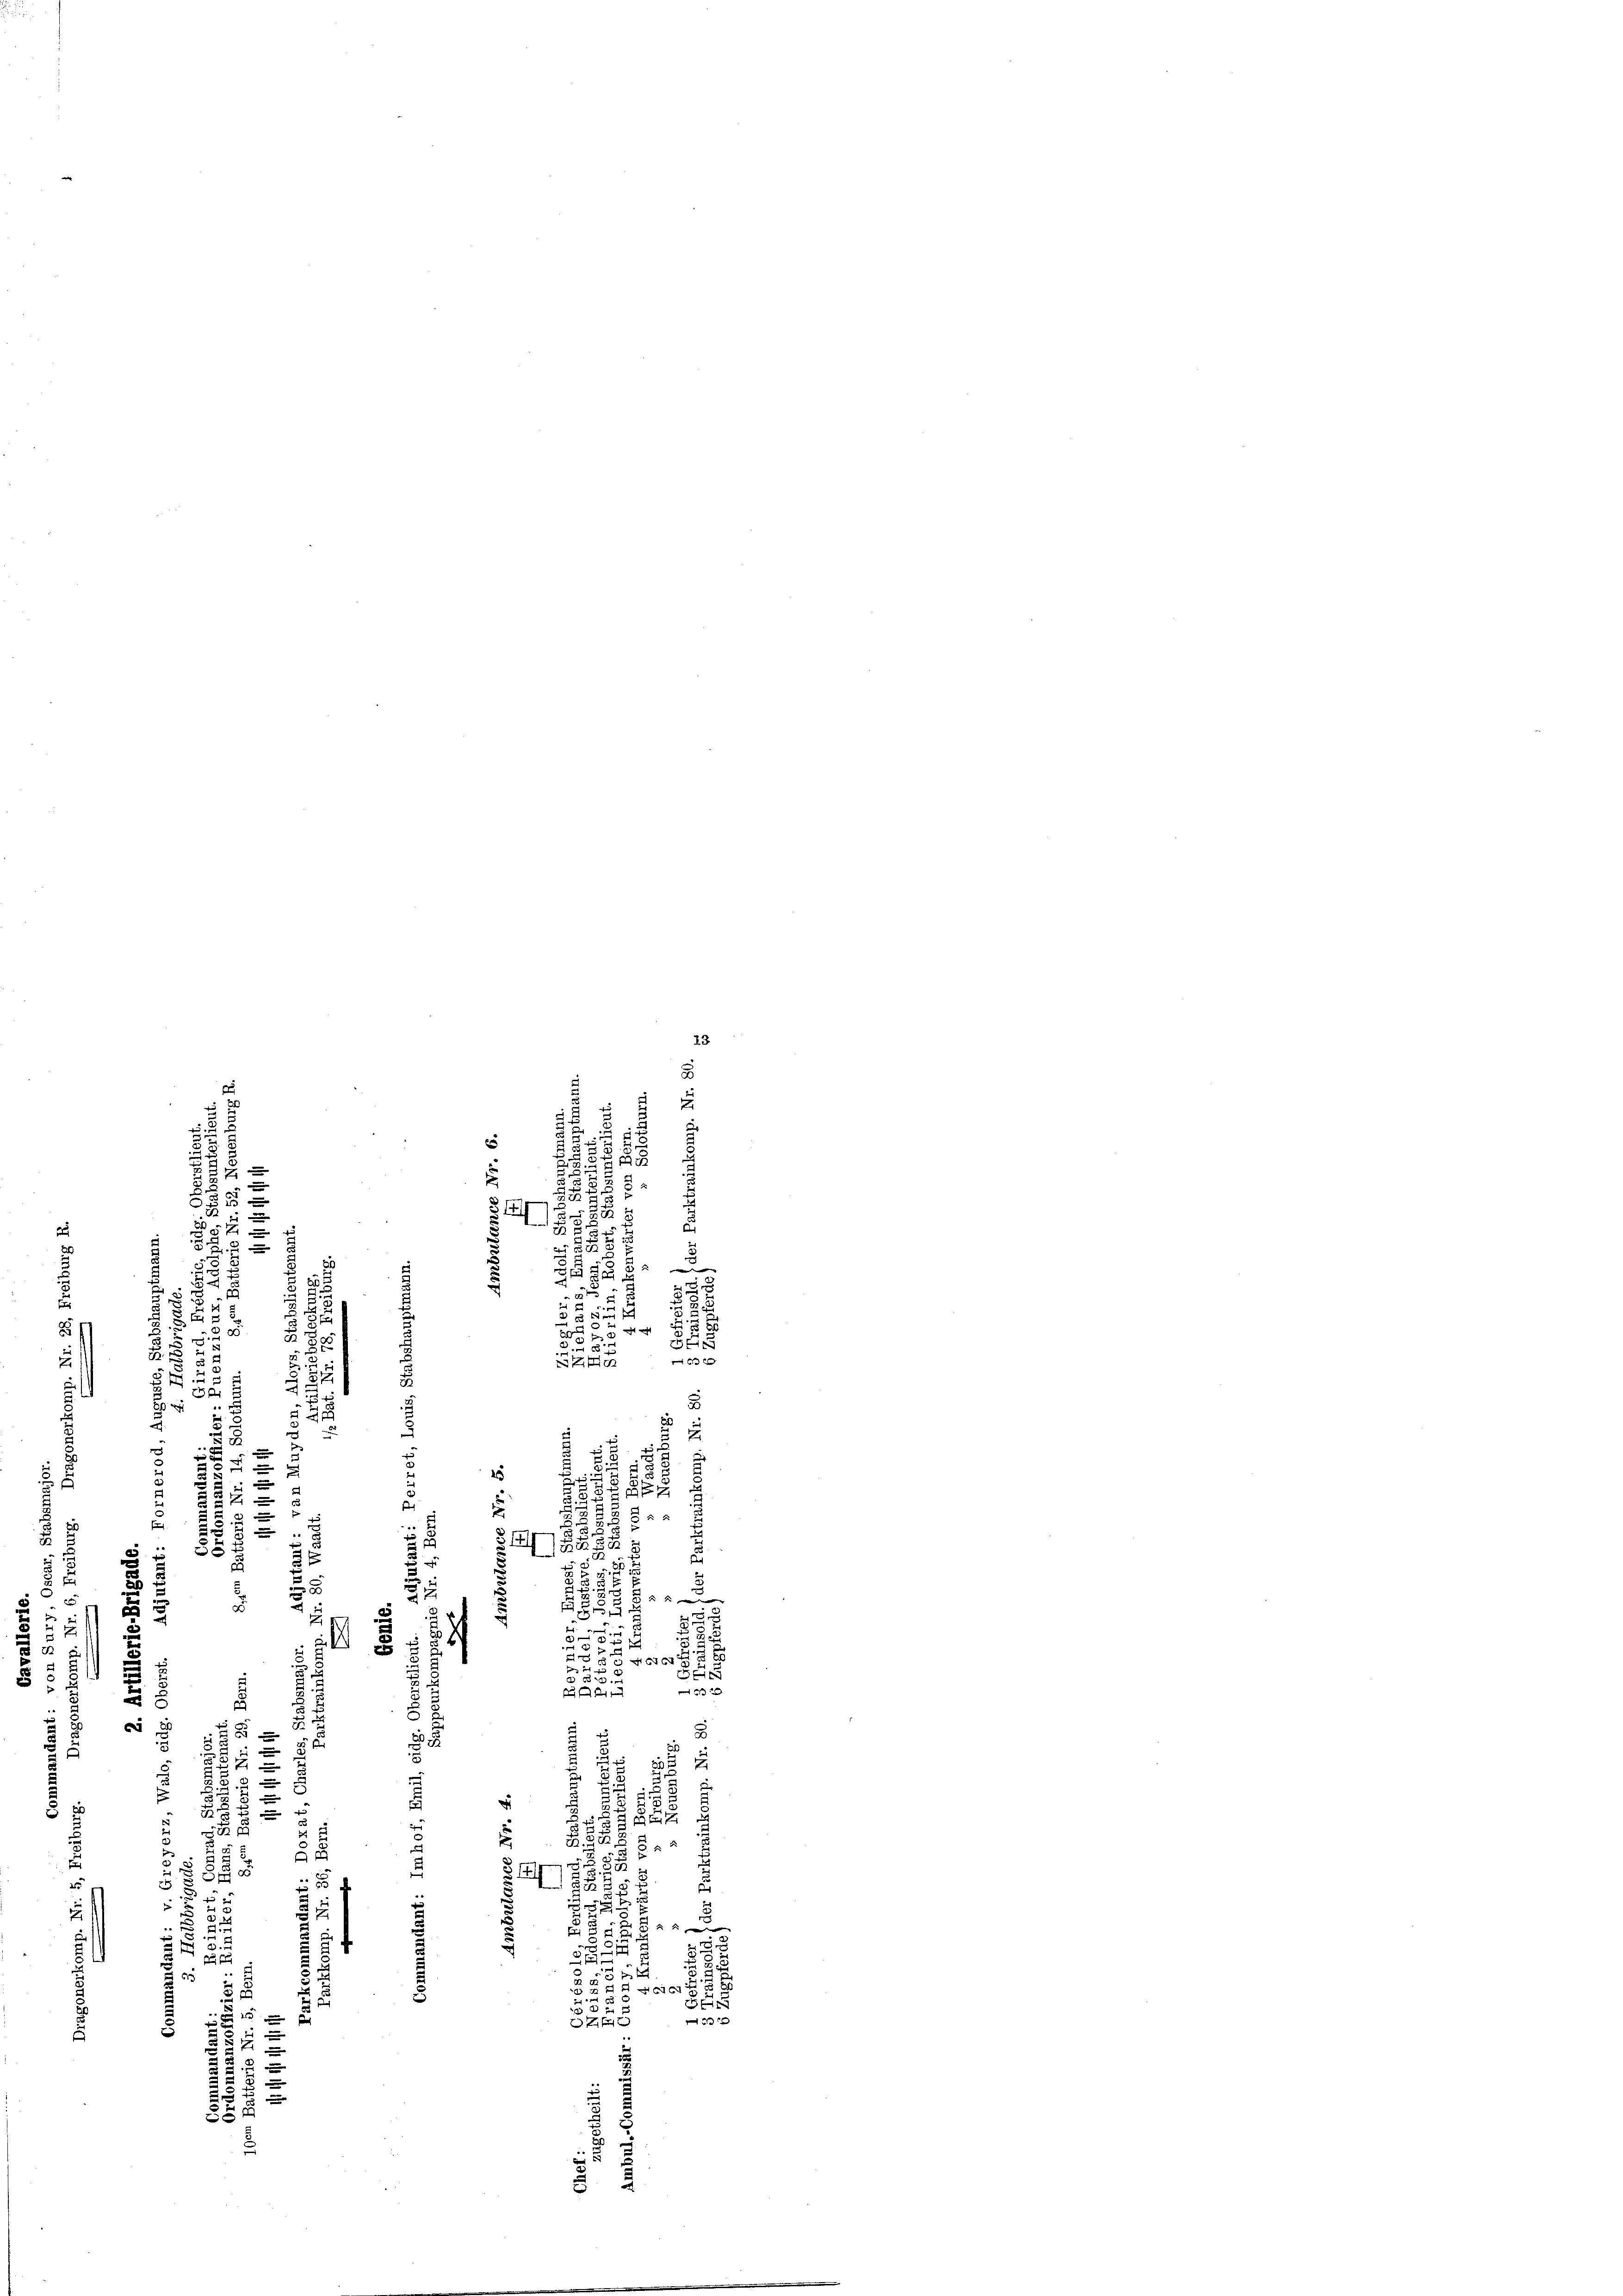
23
2

3
.
¬
.
1
.
5
Fr

e
d
u
u

1
.
des
e

5
8
5 x
23
 u.
e
 11
3.
 0 x
t
1
¬
54
e
.
.
2
¬
2
¬
d
2
.

B
 5.
2
u
37
.
¬
55 f 0 x
23
e

 f x
u
s
u

3
1
32
382. 55
25
5
s
u

2
.
5
2
.
 x
.
5
e

2

2
n

e
 2
2
8
.
2
 676
.5
2.

.
5
5
 x
s
5
s
e

2

1
s
s
u
n
.

.
d
u
z
2

.
r
2117

u
t
5
85
2
s
35

1
.
i
5
i
u
u
E
e
u

F
1

28
5
58
3 f

.
2
164
5

u
 xx

3
.
2

a
22
d
55

2
2